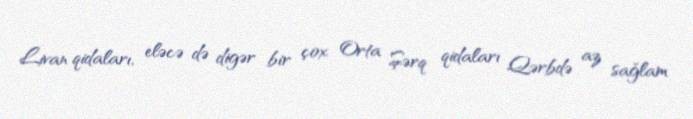
Livan qidaları, eləcə də digər bir çox Orta Şərq qidaları Qərbdə az sağlam